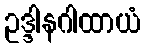
ဥဒ္ဒါနဂါထာယံ